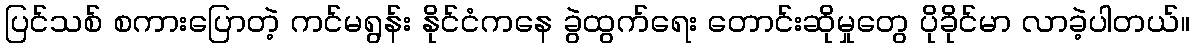
ပြင်သစ် စကားပြောတဲ့ ကင်မရွန်း နိုင်ငံကနေ ခွဲထွက်ရေး တောင်းဆိုမှုတွေ ပိုခိုင်မာ လာခဲ့ပါတယ်။